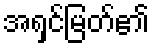
အရှင်မြတ်၏